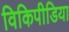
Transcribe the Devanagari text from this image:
विकिपीडिया